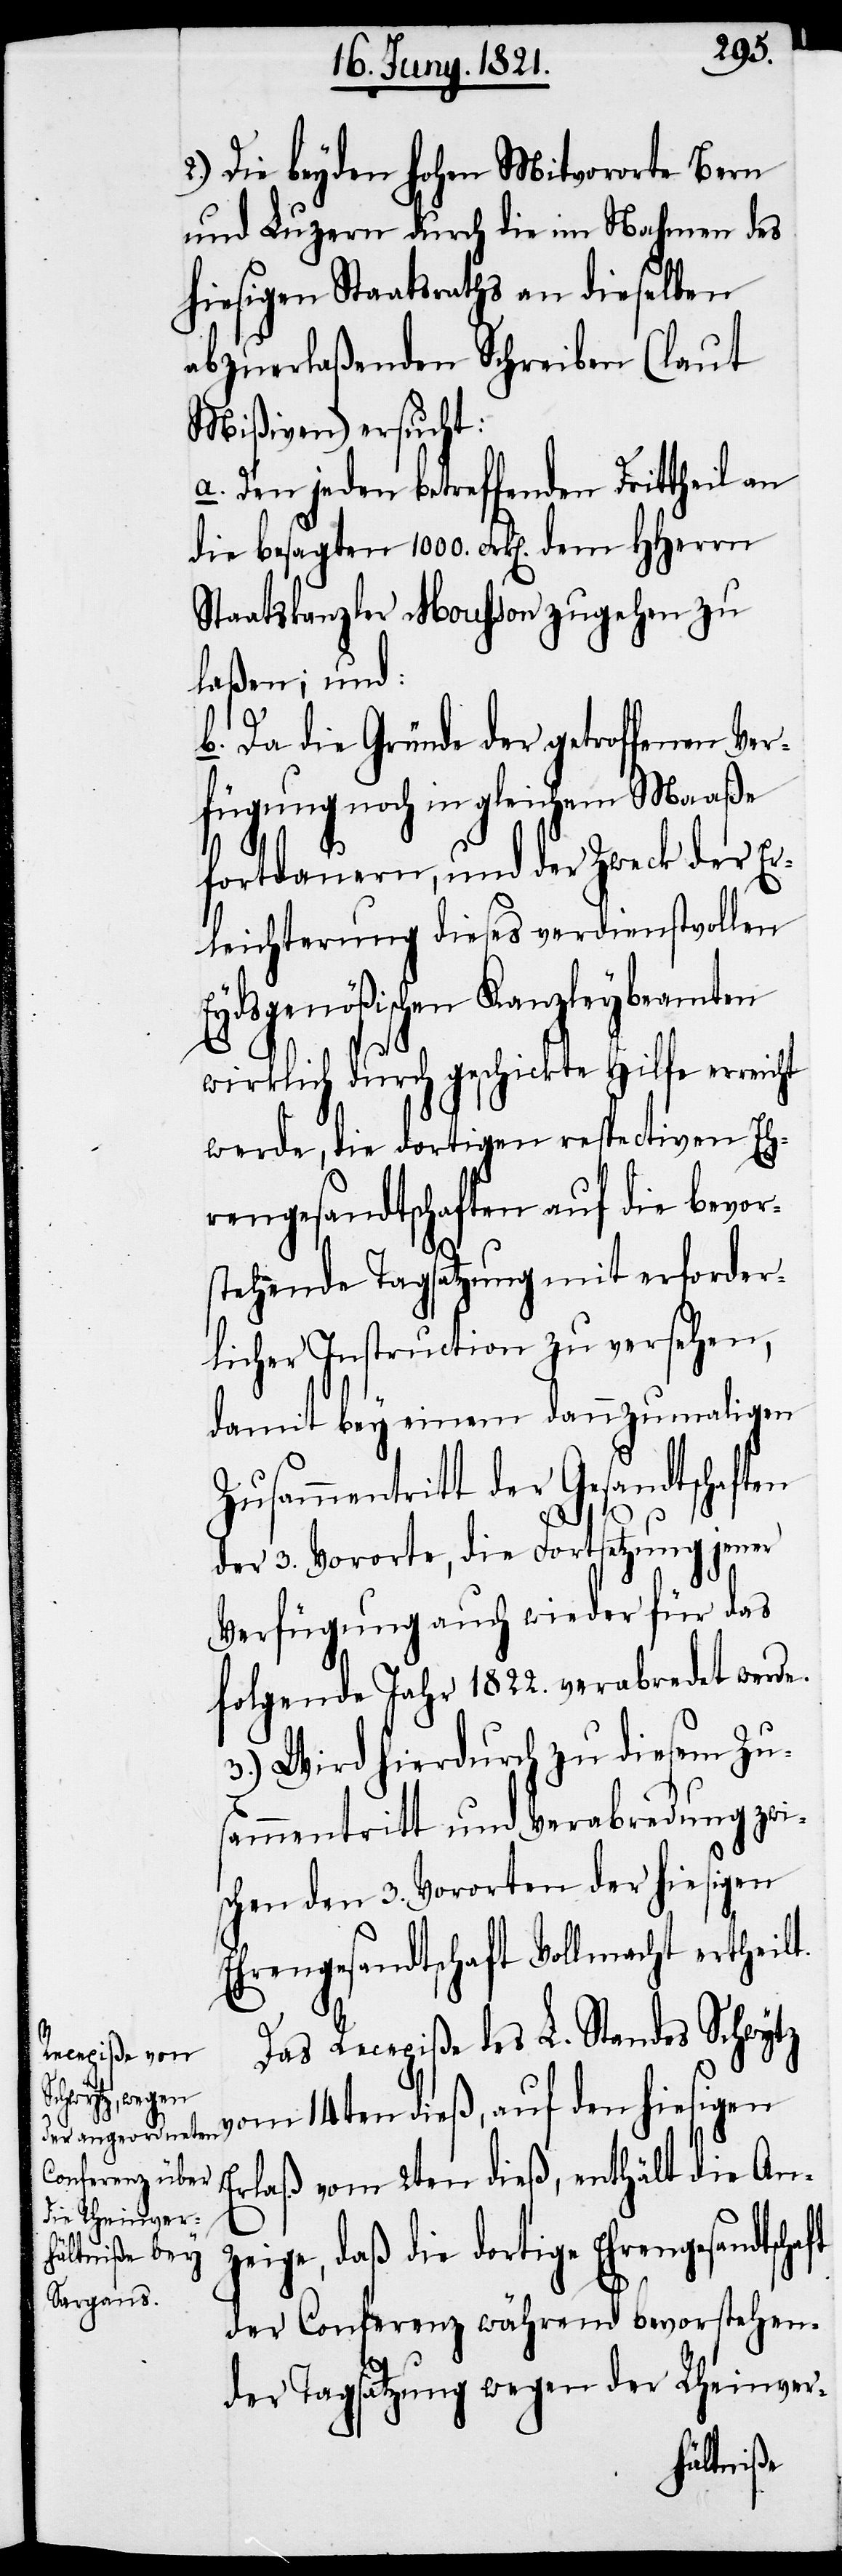
2.) Die beyden hohen Mitvororte Bern
und Luzern durch die im Nahmen des
hiesigen Staatsraths an dieselbe
abzuerlaßenden Schreiben (laut
Mißiven) ersucht:
a. Den jeden betreffenden Drittheil an
die besagten 1000. Frk[en]. dem HHerrn
Staatskanzler Mousson zugehen zu
laßen; und:
b. Da die Gründe der getroffnen Ver¬
fügung noch in gleichem Maaße
fortdauern, und der Zweck der Er¬
leichterung dieses verdienstvollen
Eydsgenößischen Kanzleybeamten
wirklich durch geschickte Hilfe erreicht
werde, die dortigen respectiven Eh¬
rengesandtschaften auf die bevor¬
stehende Tagsatzung mit erforder¬
licher Instruction zu versehen,
damit bey einem dannzumaligen
Zusammentritt der Gesandtschaften
der 3. Vororte, die Fortsetzung jener
Verfügung auch wieder für das
folgende Jahr 1822. verabredet werde.
3.) Wird hierdurch zu diesem Zus¬
ammentritt und Verabredung zwi¬
schen den 3. Vororten der hiesigen
Ehrengesandtschaft Vollmacht ertheilt.
Das Recepiße des L. Standes Schwytz
ndtschaft
vom 14ten dieß, auf den hiesigen
Erlaß vom 2ten dieß, enthält die An¬
zeige, daß die dortige Ehrengesa¬
der Conferenz während bevorstehen¬
der Tagsatzung wegen der Rheinver-